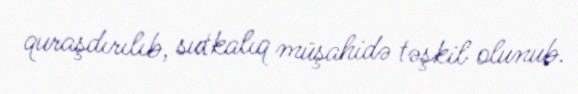
quraşdırılıb, sutkalıq müşahidə təşkil olunub.